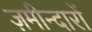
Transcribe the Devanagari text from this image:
ज़मीन्दारों